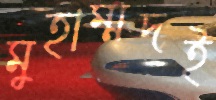
মুহাম্মদই